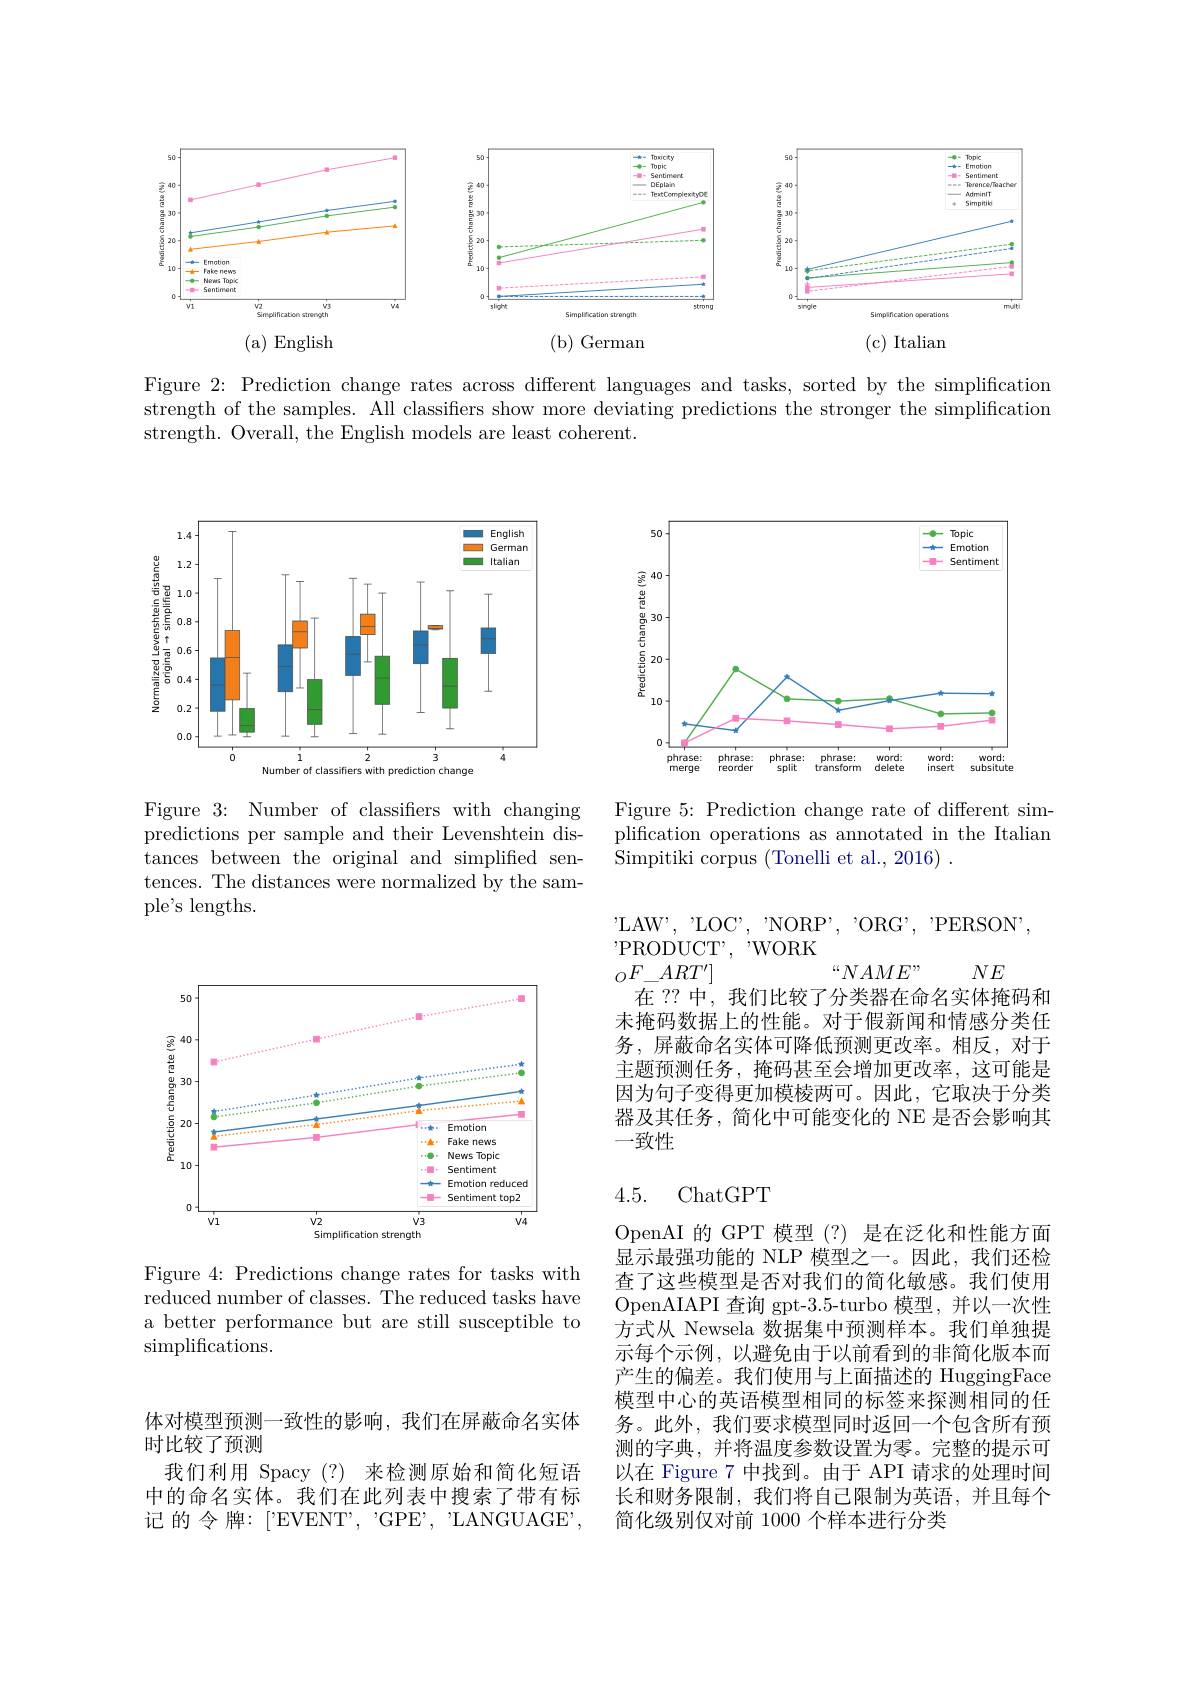
<FigureHere>

Figure 2: Prediction change rates across different languages and tasks, sorted by the simplification strength of the samples. All classifiers show more deviating predictions the stronger the simplification strength. Overall, the English models are least coherent.

<FigureHere>

Figure 3: Number of classifiers with changing predictions per sample and their Levenshtein distances between the original and simplified sentences. The distances were normalized by the sampl$e^{\prime }$s lengths.

<FigureHere>

Figure 4: Predictions change rates for tasks with reduced number of classes. The reduced tasks have a better performance but are still susceptible to $\operatorname{simplifications}.$

<FigureHere>

Figure 5: Prediction change rate of different simplification operations as annotated in the Italian Simpitiki corpus (Tonelli et al., 2016) .

$^{\prime }$LA$W^{\prime }$, " LO$C^{\prime }$, " NOR$P^{\prime }$, " ORG" , " PERSON,
$^{\prime }$PRODUCT$, ^{\prime }$WORK
“$NAME^{,,}$
$NE$
$_{O}F\_ART^{\prime}]$
在 ?? 中，我们比较了分类器在命名实体掩码和未掩码数据上的性能。对于假新闻和情感分类任务，屏蔽命名实体可降低预测更改率。相反，对于主题预测任务，掩码甚至会增加更改率，这可能是因为句子变得更加模棱两可。因此，它取决于分类器及其任务，简化中可能变化的 NE 是否会影响其一致性

### 4.5. ChatGPT

OpenAI 的 GPT 模型 (?) 是在泛化和性能方面显示最强功能的 NLP 模型之一。因此，我们还检查了这些模型是否对我们的简化敏感。我们使用OpenAIAPI 查询 gpt-3.5-turbo 模型，并以一次性方式从 Newsela 数据集中预测样本。我们单独提示每个示例，以避免由于以前看到的非简化版本而产生的偏差。我们使用与上面描述的 HuggingFace 模型中心的英语模型相同的标签来探测相同的任务。此外，我们要求模型同时返回一个包含所有预测的字典，并将温度参数设置为零。完整的提示可以在 Figure 7 中找到。由于 API 请求的处理时间长和财务限制，我们将自己限制为英语，并且每个简化级别仅对前 1000 个样本进行分类

体对模型预测一致性的影响，我们在屏蔽命名实体
时比较了预测
我们利用 Spacy(?) 来检测原始和简化短语中的命名实体。我们在此列表中搜索了带有标记 的 令 牌：['EVENT', "GPE', "LANGUAGE',